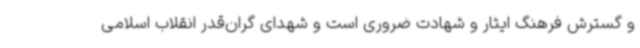
و گسترش فرهنگ ایثار و شهادت ضروری است و شهدای گران‌قدر انقلاب اسلامی